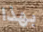
بهذا